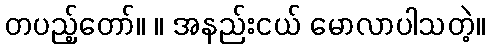
တပည့်တော်။ ။ အနည်းငယ် မောလာပါသတဲ့။